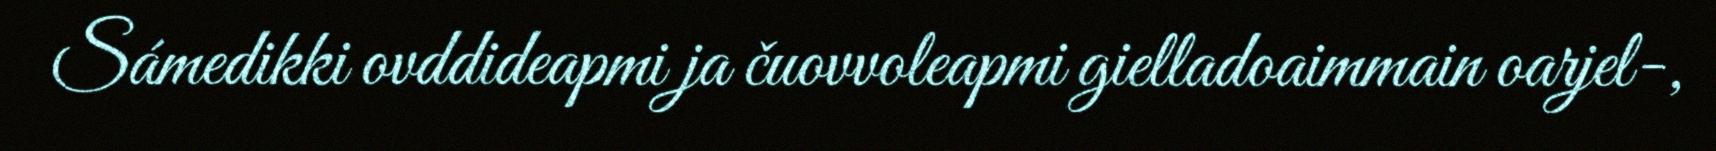
Sámedikki ovddideapmi ja čuovvoleapmi gielladoaimmain oarjel-,